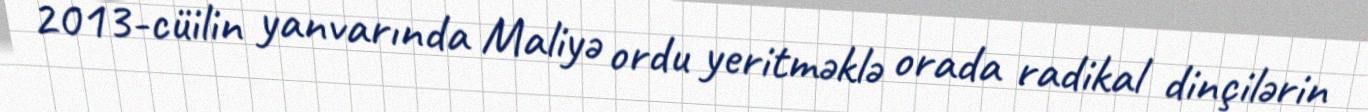
2013-cüilin yanvarında Maliyə ordu yeritməklə orada radikal dinçilərin